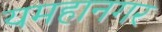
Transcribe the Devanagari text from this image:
यमहानगर